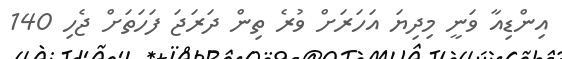
އިންޑިއާ ވަނީ މިދިޔަ އަހަރަށް ވުރެ ތިން ދަރަޖަ ފަހަތަށް ޖެހި 140